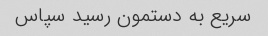
سریع به دستمون رسید سپاس